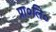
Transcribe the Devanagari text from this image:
प्रा०लि०